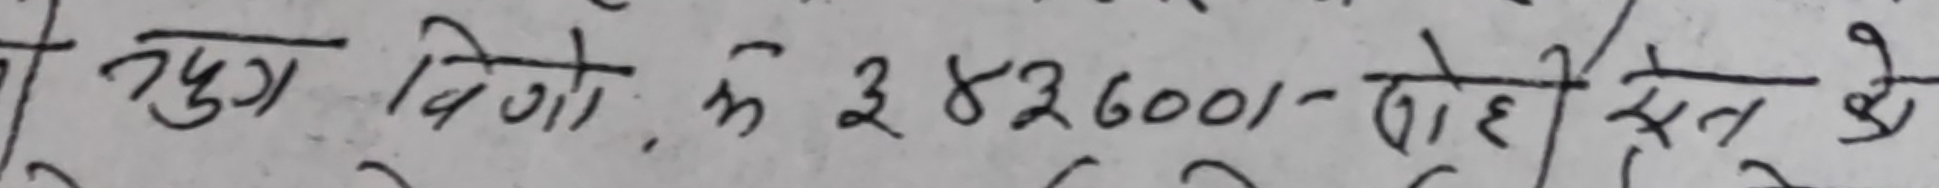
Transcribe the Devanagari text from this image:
रुग विगो, के ३ रु. ८२६००/- रोहे स्ते के